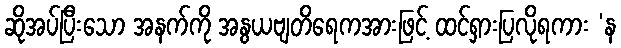
ဆိုအပ်ပြီးသော အနက်ကို အနွယဗျတိရေကအားဖြင့် ထင်ရှားပြလိုရကား ‘န